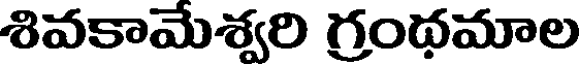
శివకామేశ్వరి గ్రంథమాల